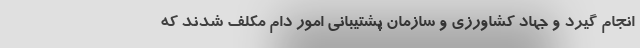
انجام گیرد و جهاد کشاورزی و سازمان پشتیبانی امور دام مکلف شدند که